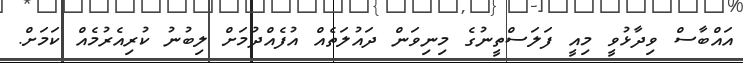
އައްބާސް ވިދާޅުވީ މިއީ ފަލަސްތީނުގެ މިނިވަން ދައުލަތެއް އުފެއްދުމަށް ލިބުނު ކުރިއެރުމެއް ކަމަށް.